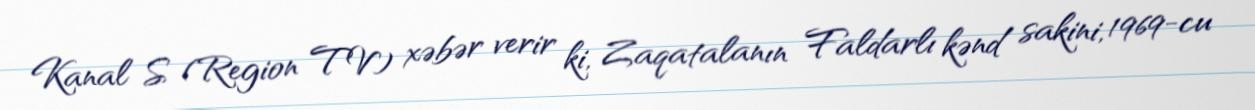
Kanal S (Region TV) xəbər verir ki, Zaqatalanın Faldarlı kənd sakini, 1969-cu